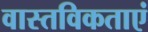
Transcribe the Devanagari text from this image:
वास्तविकताएं